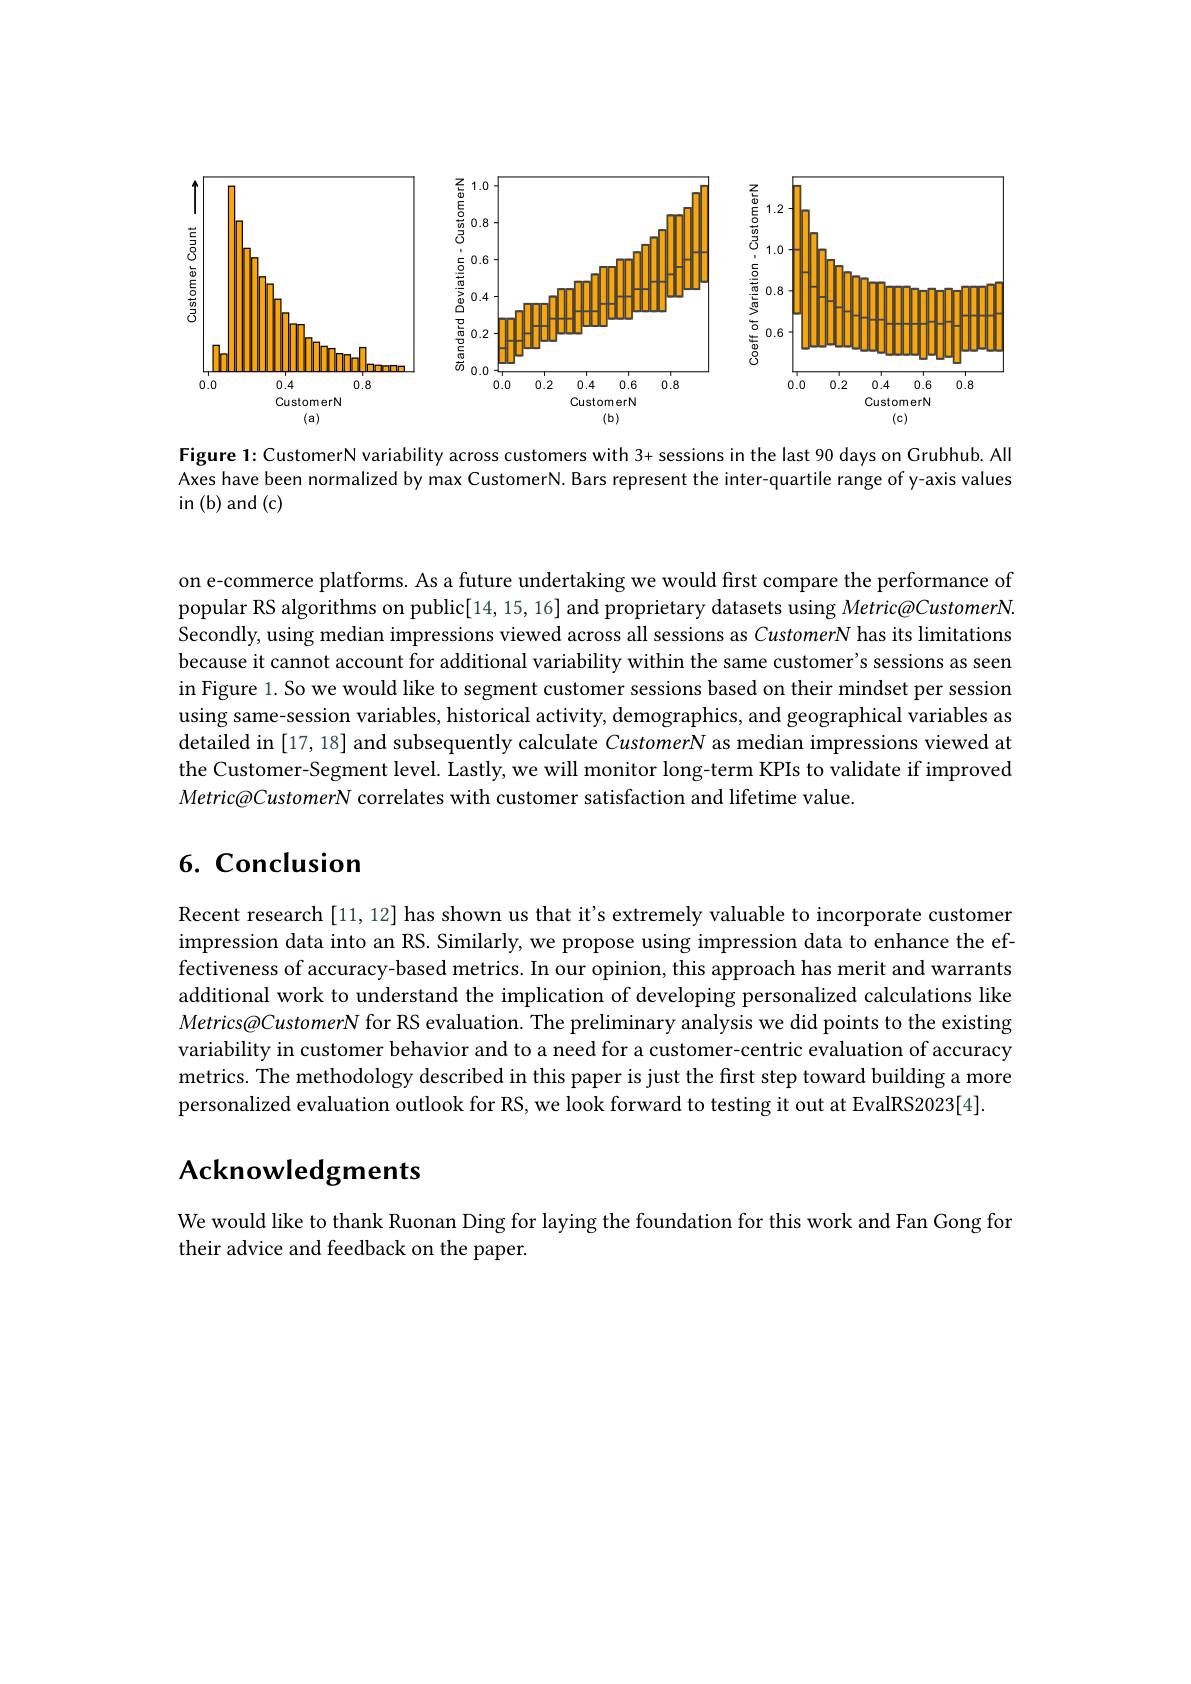
<FigureHere>

Figure 1: CustomerN variability across customers with 3+ sessions in the last 90 days on Grubhub. All Axes have been normalized by max CustomerN. Bars represent the inter-quartile range of y-axis values in (b) and (c)

on e-commerce platforms. As a future undertaking we would first compare the performance of popular RS algorithms on public[14,15,16] and proprietary datasets using Metric@CustomerN. Secondly, using median impressions viewed across all sessions as CustomerN has its limitations because it cannot account for additional variability within the same customer's sessions as seen in Figure 1. So we would like to segment customer sessions based on their mindset per session using same-session variables, historical activity, demographics, and geographical variables as detailed in [17,18] and subsequently calculate CustomerN as median impressions viewed at the Customer-Segment level. Lastly, we will monitor long-term KPIs to validate if improved Metric@CustomerN correlates with customer satisfaction and lifetime value.

# 6. Conclusion

Recent research [11, 12] has shown us that it's extremely valuable to incorporate customer impression data into an RS. Similarly, we propose using impression data to enhance the effectiveness of accuracy-based metrics. In our opinion, this approach has merit and warrants additional work to understand the implication of developing personalized calculations like Metrics@CustomerN for RS evaluation. The preliminary analysis we did points to the existing variability in customer behavior and to a need for a customer-centric evaluation of accuracy metrics. The methodology described in this paper is just the first step toward building a more personalized evaluation outlook for RS, we look forward to testing it out at EvalRS2023[4].

# Acknowledgments

We would like to thank Ruonan Ding for laying the foundation for this work and Fan Gong for
their advice and feedback on the paper.